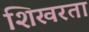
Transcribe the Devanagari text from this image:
शिखरता